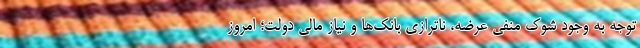
توجه به وجود شوک منفی عرضه، ناترازی بانک‌ها و نیاز مالی دولت؛ امروز